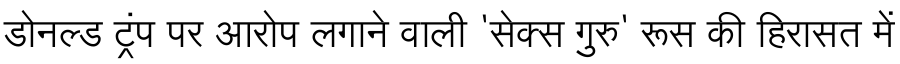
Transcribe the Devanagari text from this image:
डोनल्ड ट्रंप पर आरोप लगाने वाली 'सेक्स गुरु' रूस की हिरासत में